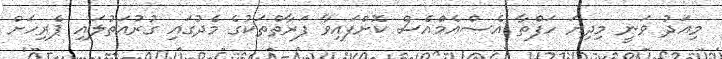
މިއަދު ވަނީ މިދިޔަ ހަފްތާ އެސްއެމްއެސް ކޮށްފައިވާ ފަރާތްތަކުގެ މެދުގައި ގުރުއަތުލައި ޕެރިހަށް